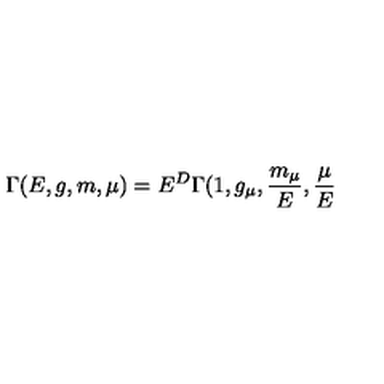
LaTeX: \Gamma ( E , g , m , \mu ) = E ^ { D } \Gamma ( 1 , g _ { \mu } , \frac { m _ { \mu } } { E } , \frac { \mu } { E }